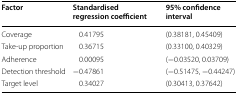
| Factor | Standardised regression coefficient | 95% confidence interval |
 | --- | --- | --- |
 | Coverage | 0.41795 | (0.38181, 0.45409) |
 | Take-up proportion | 0.36715 | (0.33100, 0.40329) |
 | Adherence | 0.00095 | (−0.03520, 0.03709) |
 | Detection threshold | −0.47861 | (−0.51475, −0.44247) |
 | Target level | 0.34027 | (0.30413, 0.37642) |